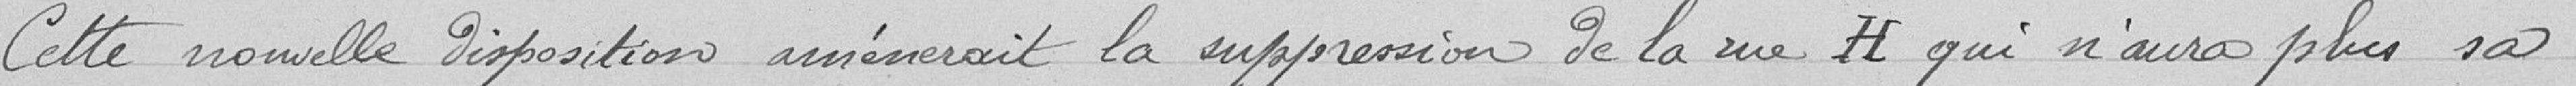
Cette nouvelle disposition amènerait la suppression de la rue H. qui n'aura plus sa